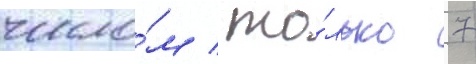
число́м / то́лько 7